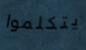
يتكلموا